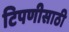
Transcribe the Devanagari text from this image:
टिपणीसाठी